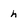
Character: h